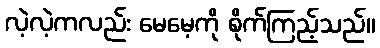
လဲ့လဲ့ကလည်း မေမေ့ကို စိုက်ကြည့်သည်။